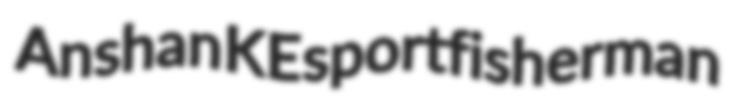
Anshan KE sportfisherman